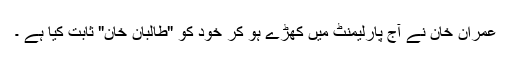
عمران خان نے آج پارلیمنٹ میں کھڑے ہو کر خود کو "طالبان خان" ثابت کیا ہے ۔